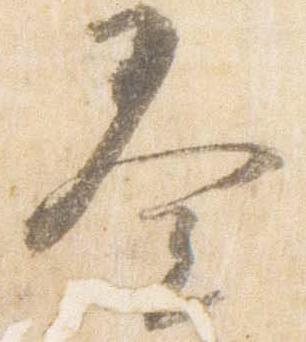
奏